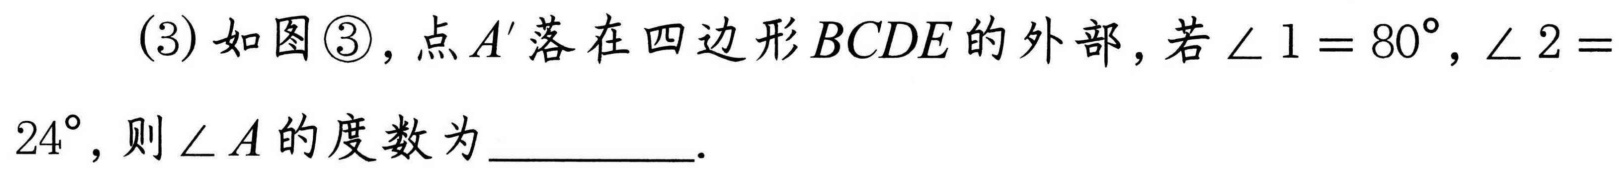
(3)如图\textcircled{3}，点$A'$落在四边形$BCDE$的外部，若$\angle 1 = 80^{\circ},\angle 2 = 24^{\circ}$，则$\angle A$的度数为  ．